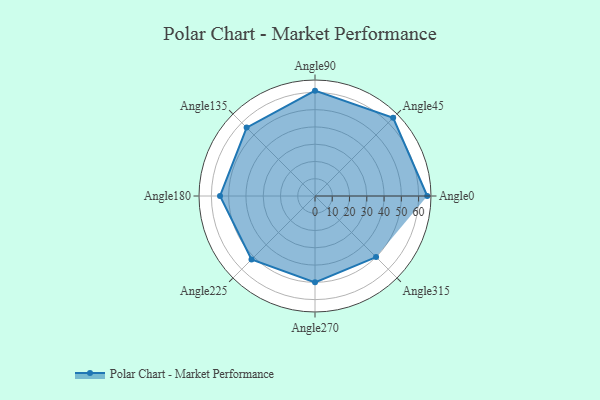
{"axis": {"x": "Angle", "y": "Radius"}, "legend": [""], "data": [{"x": "Angle0", "y": 65.0, "type": ""}, {"x": "Angle45", "y": 64.0, "type": ""}, {"x": "Angle90", "y": 61.0, "type": ""}, {"x": "Angle135", "y": 56.0, "type": ""}, {"x": "Angle180", "y": 55.0, "type": ""}, {"x": "Angle225", "y": 52.0, "type": ""}, {"x": "Angle270", "y": 50, "type": ""}, {"x": "Angle315", "y": 50, "type": ""}]}